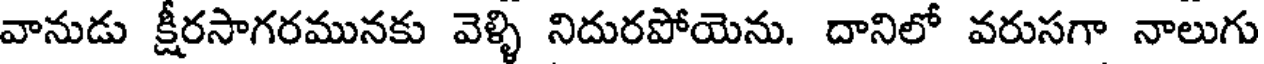
వానుడు క్షీరసాగరమునకు వెళ్ళి నిదురపోయెను. దానిలో వరుసగా నాలుగు